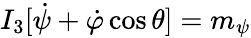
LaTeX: I_{3}[\dot{\psi}+\dot{\varphi}\cos\theta]=m_{\psi}